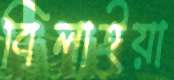
বিলাইয়া